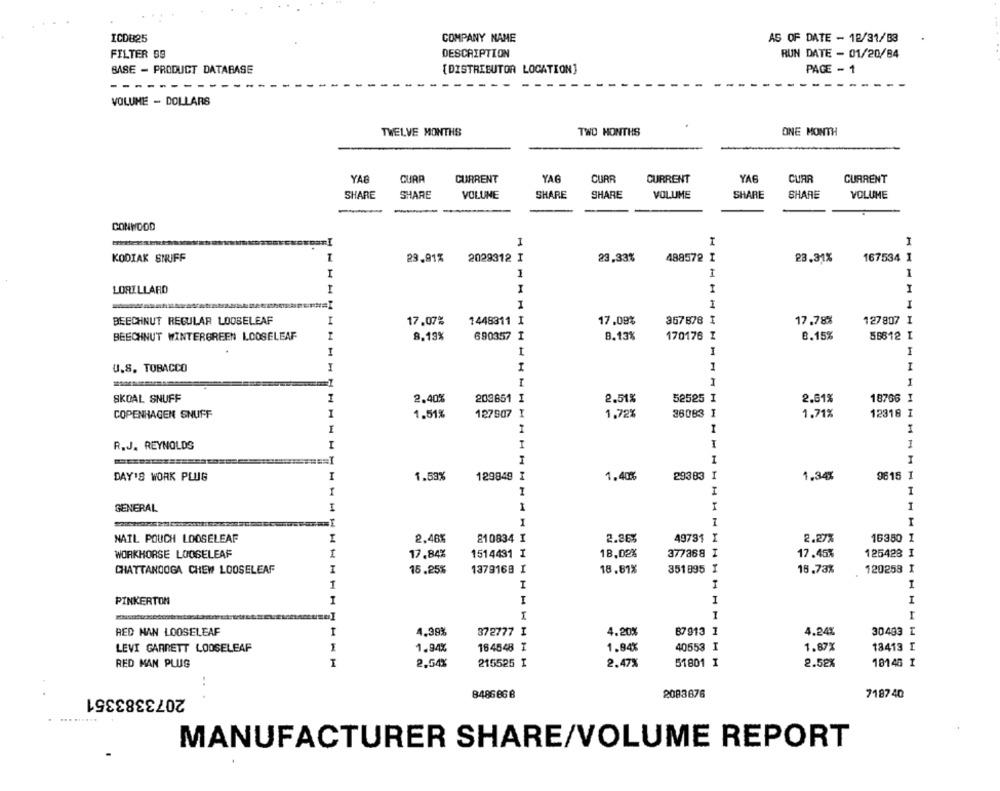
ICDB25
COMPANY NAME
AS OF DATE - 12/31/83
FILTER 99
DESCRIPTION
RUN DATE - 01/20/84
BASE - PRODUCT DATABASE
[DISTRIBUTOR LOCATION]
PAGE - 1
-----------
VOLUME - DOLLARS
TWELVE MONTHS
TWO MONTHS
ONE MONTH
YAĞ
CURA
CURRENT
YAG
CURR
CURRENT
YA6
CURR
CURRENT
SHARE
SHARE
VOLUME
SHARE
SHARE
VOLUME
SHARE
SHARE
VOLUME
CONWOOD
I
KODIAK SNUFF
23.91%
2029312 I
23,33%
488572 I
23.31%
167534 1
I
1
LORILLARD
I
I
I
1
BEECHNUT REGULAR LOOSELEAF
I
17.07%
1448311 I
17.08%
357878
17.78%
127807 I
BEECHNUT WINTERGREEN LOOSELEAF
8.13%
690357
I
8.13%
170176 I
8.15%
55612 I
I
1
I
U.S. TOBACCO
1
SKOAL SNUFF
1
2.40%
200851 I
2.51%
52525
2.61%
18766 I
COPENHAGEN SNUFF
I
1.51%
127907 I
1,72%
36083
I
1,71%
12318 I
I
I
I
I
R.J. REYNOLDS
==== I
I
I
129849
1.40%
29383
1,34%
9615 I
DAY'S WORK PLUG
1.53%
I
I
I
1
I
I
I
GENERAL
I
I
NAIL POUCH LOOSELEAF
I
2.46%
210834 I
2.96%
49781 I
2.27%
16350 I
WORKHORSE LOOSELEAF
17.84%
1514431 I
18,02%
377368 I
17.45%
125428 I
CHATTANOOGA CHEW LOOSELEAF
I
15.25%
1379168 I
18.81%
351895 I
16.73%
120258 I
I
H
PINKERTON
H
I
I
I
I
r
RED HAN LOOSELEAF
-
4,38%
372777 I
4.20%
B7913 1
4.24%
30403 I
LEVI GARRETT LOOSELEAF
1
1.94%
184548 I
1.84%
40553 I
1.87X
18413 I
RED MAN PLUS
I
2,54%
215525 I
2.47%
51801 I
2.52%
10146 I
2073383351
8486666
2083676
7187 40
MANUFACTURER SHARE/VOLUME REPORT